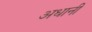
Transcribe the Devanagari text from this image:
अधानी